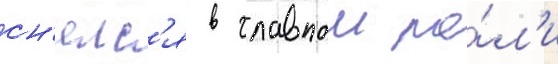
сн'ялс'я в главнои ро́л'и